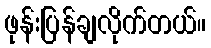
ဖုန်းပြန်ချလိုက်တယ်။